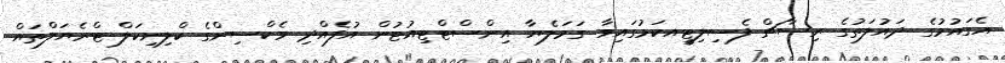
އެގައުމުގެ ދައުލަތުގެ ރިސާޗް ފެސިލިޓީއކަމުގައިވާ ގަމަލެޔާ އިންސްޓްޓިއުޓުން އުފެއްދި ވެކްސިންގެ ކްލިނިކަލް ޓްރެޔަލްތައް